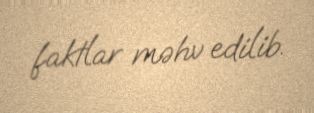
faktlar məhv edilib.